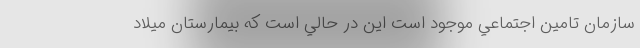
سازمان تامين اجتماعي موجود است اين در حالي است كه بيمارستان ميلاد